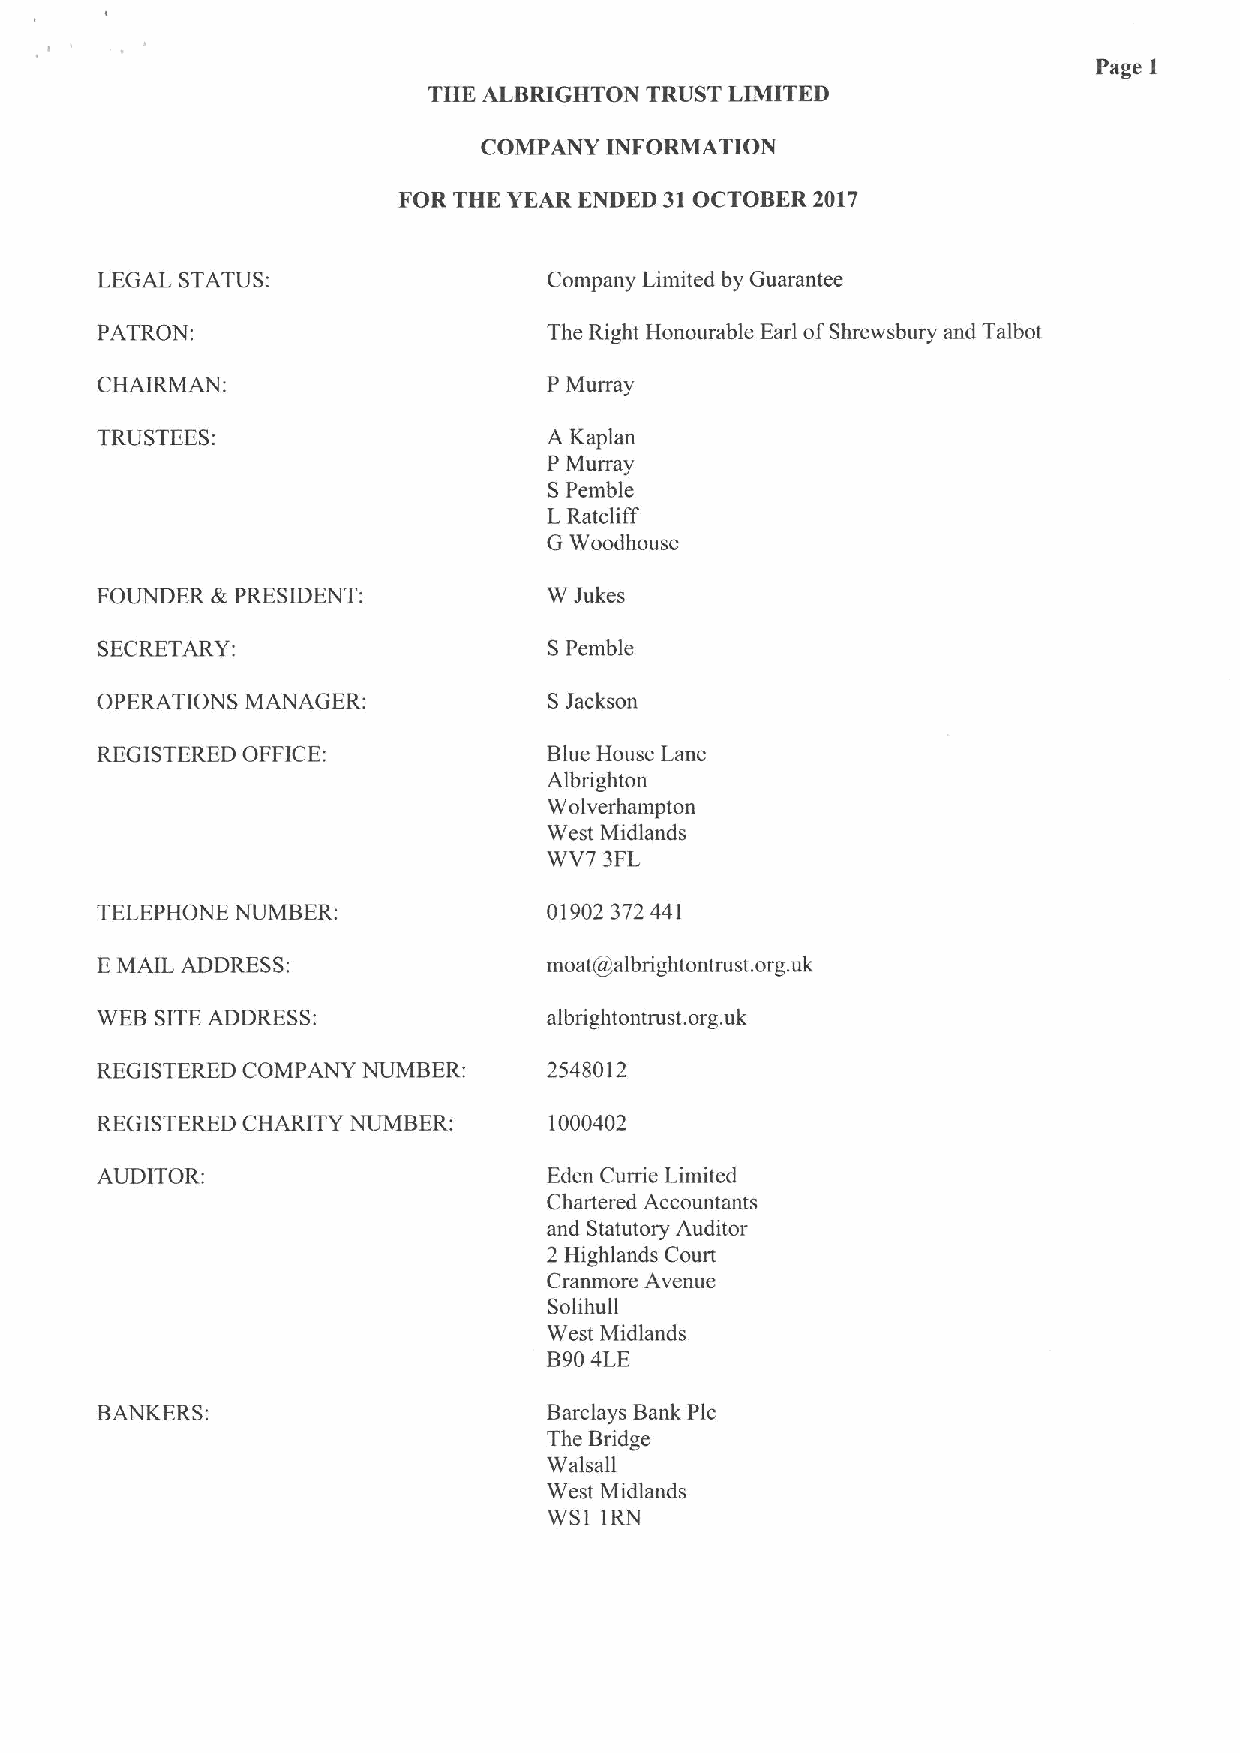
Page I
 THK ALBRIGHTON TRUST LIMITED
 COMPANY INFORMATION
 FOR THK YEAR ENDED 31OCTOBER 2017
 LEGAL STATUS:                 Company Limited by Guarantee
 PATRON;                       The Right Honourable Earl ofShrewsbury and Talbot
 CHAIRMAN:                     P Murray
 TRUSTEES:                     A Kaplan
 P Murray
 SPemble
 LRatcliff
 G Woodhouse
 FOUNDER &PRESIDENT:           W Jukes
 SECRETARY:                    SPemble
 OPERATIONS MANAGER:           SJackson
 REGISTERED OFFICE:            Blue House Lane
 Albrighton
 Wolverhampton
 West Midlands
 WV7 3FL
 TELEPHONE NUMBER:             01902372441
 EMAIL ADDRESS:                moat@albrightontrust. org.uk
 WEB SITEADDRESS:              albrightontrust. org.uk
 REGISTERED COMPANY NUMBER:    2548012
 REGISTERED CHARITY NUMBER:    1000402
 AUDITOR:                      Eden Currie Limited
 Chartered Accountants
 and Statutory Auditor
 2 Highlands Court
 Cranmore Avenue
 Solihull
 West Midlands
 B904LE
 BANKERS:                      Barclays Bank Plc
 The Bridge
 Walsall
 West Midlands
 WSI IRN